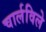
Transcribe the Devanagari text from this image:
चार्लविले